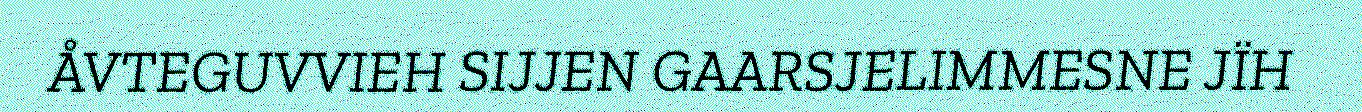
ÅVTEGUVVIEH SIJJEN GAARSJELIMMESNE JÏH